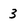
Character: 3